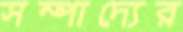
সম্পাদ্যের